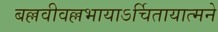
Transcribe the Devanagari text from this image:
बल्लवीवल्लभायाऽर्चितायात्मने